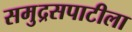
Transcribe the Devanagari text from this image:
समुद्रसपाटीला